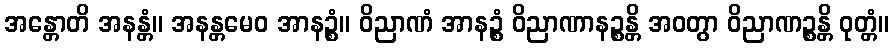
အန္တောတိ အနန္တံ။ အနန္တမေဝ အာနဉ္စံ။ ဝိညာဏံ အာနဉ္စံ ဝိညာဏာနဉ္စန္တိ အဝတွာ ဝိညာဏဉ္စန္တိ ဝုတ္တံ။